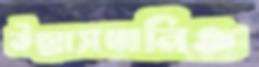
উল্লাসধ্বনিও